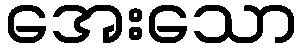
အေးသော